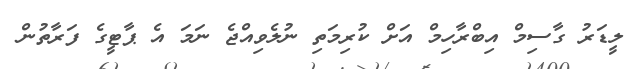
ލީޑަރު ގާސިމް އިބްރާހިމް އަށް ކުރިމަތި ނުލެވިއްޖެ ނަމަ އެ ޕާޓީގެ ފަރާތުން